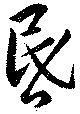
昏